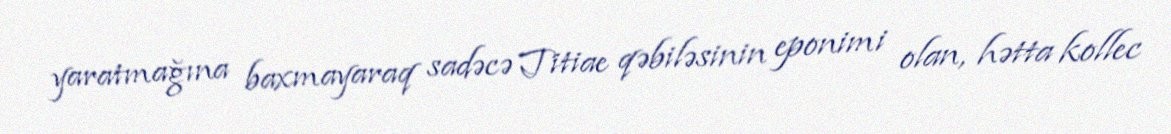
yaratmağına baxmayaraq sadəcə Titiae qəbiləsinin eponimi olan, hətta kollec